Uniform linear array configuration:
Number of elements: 32
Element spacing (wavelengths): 0.75
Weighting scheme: exponential
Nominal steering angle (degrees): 60
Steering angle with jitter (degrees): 59.013
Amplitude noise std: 0.05
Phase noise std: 0.05

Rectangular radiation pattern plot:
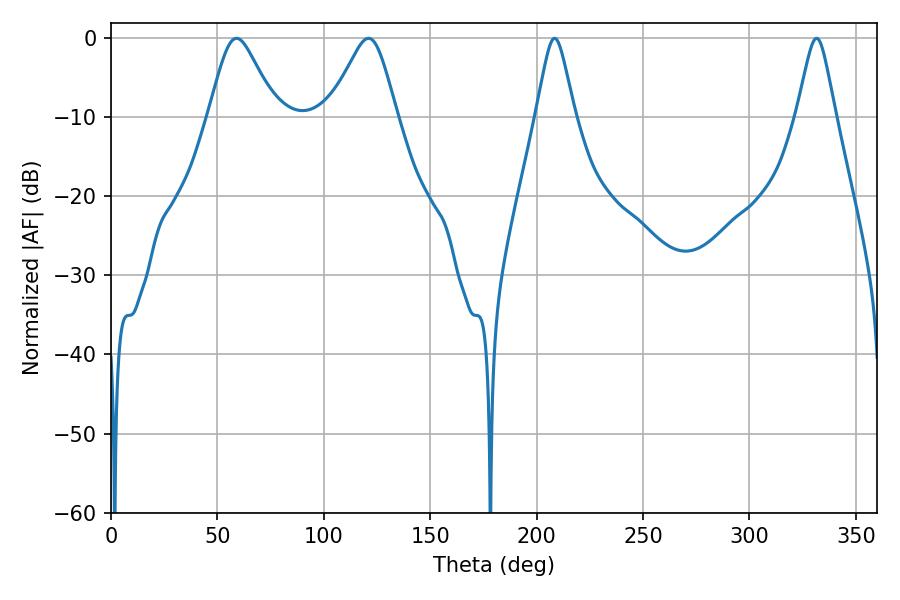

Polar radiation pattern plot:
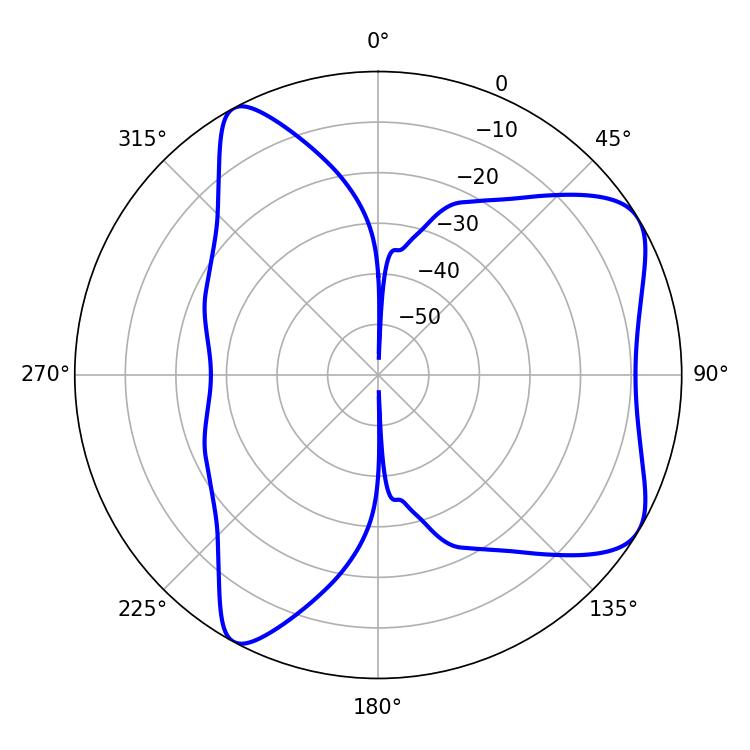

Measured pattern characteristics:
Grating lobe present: TRUE
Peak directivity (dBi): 6.898
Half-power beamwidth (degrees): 8.64
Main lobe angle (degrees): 331.56